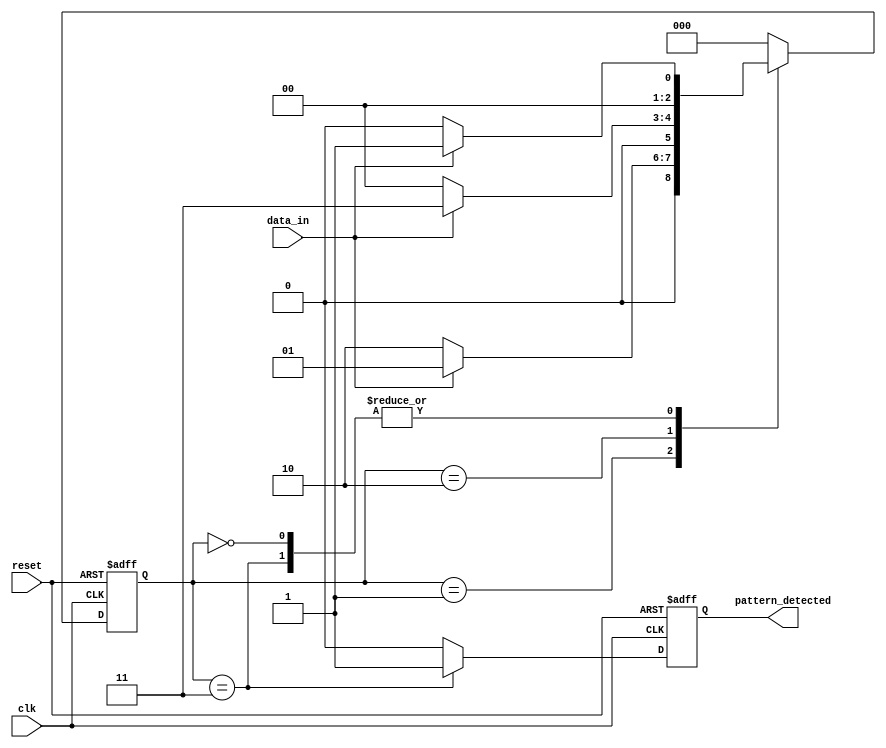
module pattern_detector (
    input wire clk,          // Clock signal
    input wire reset,        // Reset signal
    input wire data_in,      // Input data stream
    output reg pattern_detected // Output signal indicating pattern detection
);

    // State encoding for detecting the pattern "101"
    reg [2:0] state; // 3 flip-flops to store the state
    parameter S0 = 3'b000; // Initial state
    parameter S1 = 3'b001; // Detected '1'
    parameter S2 = 3'b010; // Detected '10'
    parameter S3 = 3'b011; // Detected '101' (pattern found)

    // Sequential logic: state transition on clock edge
    always @(posedge clk or posedge reset) begin
        if (reset) begin
            state <= S0; // Reset state
            pattern_detected <= 1'b0; // Clear output
        end else begin
            case (state)
                S0: begin
                    if (data_in) begin
                        state <= S1; // Move to state S1 on '1'
                    end else begin
                        state <= S0; // Stay in S0 on '0'
                    end
                    pattern_detected <= 1'b0; // Pattern not detected
                end

                S1: begin
                    if (~data_in) begin
                        state <= S2; // Move to state S2 on '0'
                    end else begin
                        state <= S1; // Stay in S1 on '1'
                    end
                    pattern_detected <= 1'b0; // Pattern not detected
                end

                S2: begin
                    if (data_in) begin
                        state <= S3; // Move to state S3 on '1' (pattern detected)
                    end else begin
                        state <= S0; // Reset to S0 on '0'
                    end
                    pattern_detected <= 1'b0; // Pattern not detected
                end

                S3: begin
                    pattern_detected <= 1'b1; // Pattern detected
                    if (data_in) begin
                        state <= S1; // Stay in S1 on '1'
                    end else begin
                        state <= S0; // Reset to S0 on '0'
                    end
                end

                default: begin
                    state <= S0; // Default to initial state
                    pattern_detected <= 1'b0; // Clear output
                end
            endcase
        end
    end

endmodule